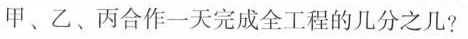
甲、乙、丙合作一天完成全工程的几分之几?